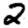
Digit: 2